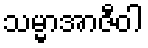
သမ္မာအာဇီဝါ